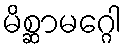
မိစ္ဆာမဂ္ဂေါ